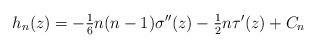
LaTeX: \begin{align*} h_n(z) = - \tfrac{1}{6} n(n-1) \sigma''(z) - \tfrac{1}{2} n \tau'(z) + C_n\end{align*}